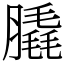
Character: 膬